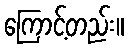
ကြောင့်တည်း။